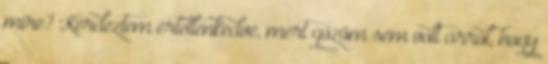
mire? Kérdeztem értetlenkedve, mert gőzöm sem volt arról, hogy